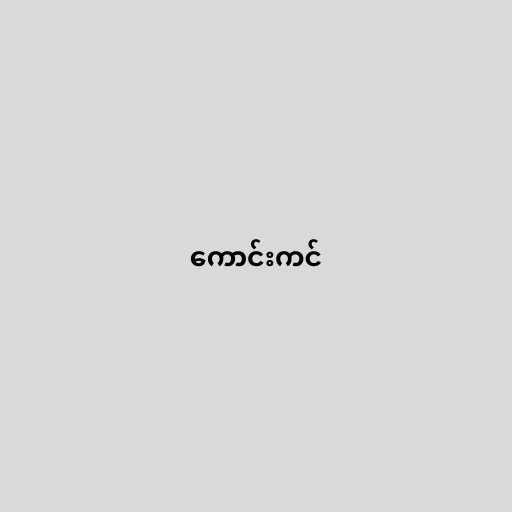
ကောင်းကင်